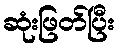
ဆုံးဖြတ်ပြီး